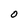
Character: O